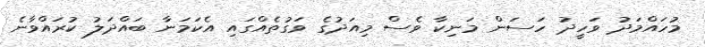
މުހައްމަދު ވަހީދު ހަސަން މަނިކާ ވެސް މިއަދުގެ ވަގުތެއްގައި އެކަމަނާ ބައްދަލު ކުރައްވާނެ